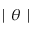
\mid \theta \mid